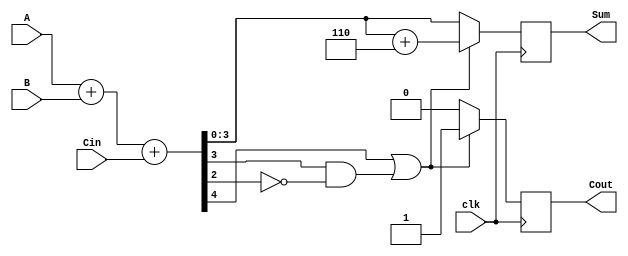
module BCD_Synchronous_Adder (
    input wire clk,           // Clock signal
    input wire [3:0] A,      // First BCD input
    input wire [3:0] B,      // Second BCD input
    input wire Cin,          // Carry input
    output reg [3:0] Sum,    // BCD result output
    output reg Cout          // Carry output
);

    // Internal signals
    wire [4:0] binary_sum;   // 5-bit wide to hold the sum (A + B + Cin)
    wire correction_needed;   // Signal to indicate if correction is needed

    // Calculate the initial binary sum
    assign binary_sum = A + B + Cin;

    // Determine if correction is needed (if binary_sum exceeds 9)
    assign correction_needed = binary_sum[4] || (binary_sum[3] && !binary_sum[2]);

    // Always block for synchronous operation
    always @(posedge clk) begin
        if (correction_needed) begin
            // If correction is needed, add 6 (0110) to the sum
            Sum <= binary_sum[3:0] + 4'b0110;
            Cout <= 1; // Set carry out since it exceeds BCD range
        end else begin
            // No correction needed
            Sum <= binary_sum[3:0];
            Cout <= 0; // No carry out
        end
    end

endmodule